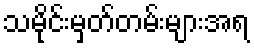
သမိုင်းမှတ်တမ်းများအရ